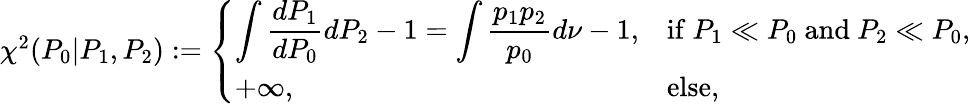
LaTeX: \begin{array}{r}{\chi^{2}(P_{0}|P_{1},P_{2}):=\left\{ \begin{array}{ll}{\displaystyle\int\frac{dP_{1}}{dP_{0}}dP_{2}-1=\int\frac{p_{1}p_{2}}{p_{0}}d\nu-1,}&{\mathrm{if~}P_{1}\ll P_{0}\mathrm{~and~}P_{2}\ll P_{0},}\\ {+\infty,}&{\mathrm{else,}}\end{array}\right.}\end{array}